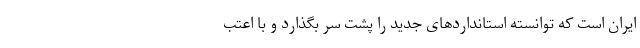
ایران است که توانسته استانداردهای جدید را پشت سر بگذارد و با اعتب